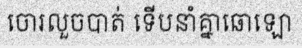
ចោរលួចបាត់ ទើបនាំគ្នាឆោឡោ